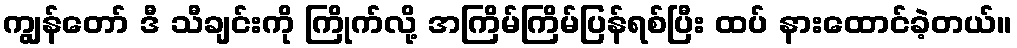
ကျွန်တော် ဒီ သီချင်းကို ကြိုက်လို့ အကြိမ်ကြိမ်ပြန်ရစ်ပြီး ထပ် နားထောင်ခဲ့တယ်။